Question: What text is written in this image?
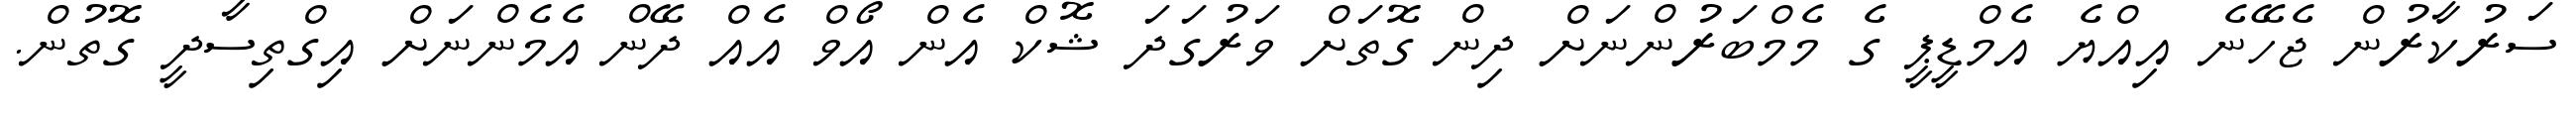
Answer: ސަރުކާރުން ޖެހޭނެ އިއްޔެ އެމްޑީޕީ ގެ މެމްބަރުންނަށް ދިން ގޮތަށް ވަރުގަދަ ޝޮކް އެން އޯވް އެއް ދޭން އެމެންނަށް އިގްތިސާދީ ގޮތުން.